Civil Veterinary Department Bihar & Orissa reports 1911-21 - 1911-1921
Year: 1911
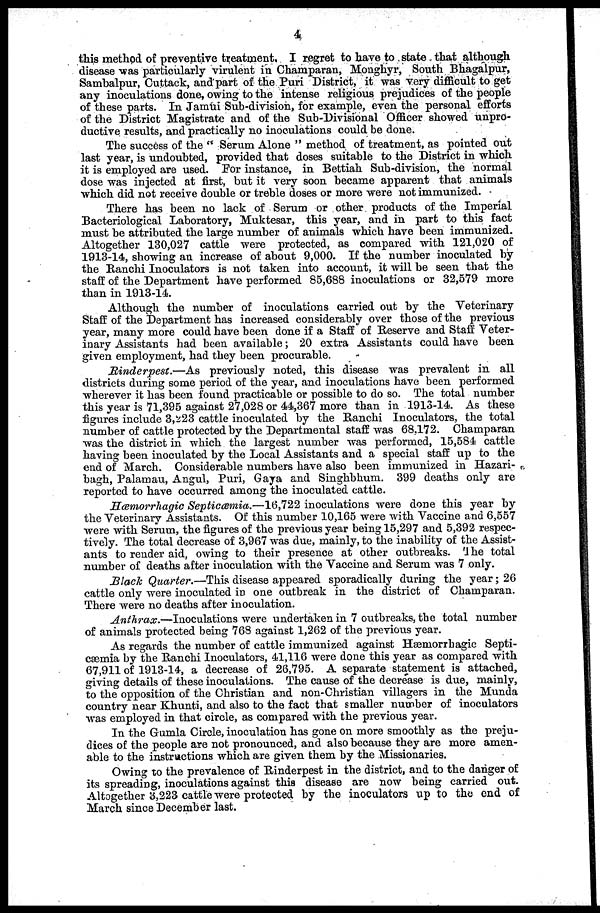
4
this method of preventive treatment, I regret to have to state that although
disease was particularly virulent in Champaran, Monghyr, South Bhagalpur,
Sambalpur, Cuttack, and part of the Puri District, it was very difficult to get
any inoculations done, owing to the intense religious prejudices of the people
of these parts. In Jamui Sub-division, for example, even the personal efforts
of the District Magistrate and of the Sub-Divisional Officer showed unpro-
ductive results, and practically no inoculations could be done.
The success of the " Serum Alone " method of treatment, as pointed out
last year, is undoubted, provided that doses suitable to the District in which
it is employed are used. For instance, in Bettiah Sub-division, the normal
dose was injected at first, but it very soon became apparent that animals
which did not receive double or treble doses or more were not immunized.
There has been no lack of Serum or other products of the Imperial
Bacteriological Laboratory, Muktesar, this year, and in part to this fact
must be attributed the large number of animals which have been immunized.
Altogether 130,027 cattle were protected, as compared with 121,020 of
1913-14, showing an increase of about 9,000. If the number inoculated by
the Ranchi Inoculators is not taken into account, it will be seen that the
staff of the Department have performed 85,688 inoculations or 32,579 more
than in 1913-14.
Although the number of inoculations carried out by the Veterinary
Staff of the Department has increased considerably over those of the previous
year, many more could have been done if a Staff of Reserve and Staff Veter-
inary Assistants had been available ; 20 extra Assistants could have been
given employment, had they been procurable.
Rinderpest.—As
previously noted, this disease was prevalent in all
districts during some period of the year, and inoculations have been performed
wherever it has been found practicable or possible to do so. The total number
this year is 71,395 against 27,028 or 44,367 more than in 1913-14. As these
figures include 3,223 cattle inoculated by the Ranchi Inoculators, the total
number of cattle protected by the Departmental staff was 68.172. Champaran
was the district in which the largest number was performed, 15,584 cattle
having been inoculated by the Local Assistants and a special staff up to the
end of March. Considerable numbers have also been immunized in Hazari-
bagh, Palarnau, Angul, Puri, Gaya and Singhbhum. 399 deaths only are
reported to have occurred among the inoculated cattle.
Hæmorrhagic Septicæmia.—16,722 inoculations were done this year by
the Veterinary Assistants. Of this number 10,165 were with Vaccine and 6,557
were with Serum, the figures of the previous year being 15,297 and 5,392 respec-
tively. The total decrease of 3,967 was due, mainly, to the inability of the Assist-
ants to render aid, owing to their presence at other outbreaks. the total
number of deaths after inoculation with the Vaccine and Serum was 7 only.
Black Quarter.—This disease appeared sporadically during the year ; 26
cattle only were inoculated in one outbreak in the district of Champaran.
There were no deaths after inoculation.
Anthrax.—Inoculations were undertaken in 7 outbreaks, the total number
of animals protected being 768 against 1,262 of the previous year.
As regards the number of cattle immunized against Hæmorrhagic Septi-
cæmia by the Ranchi Inoculators, 41,116 were done this year as compared with
67,911 of 1913-14, a decrease of 26,795. A separate statement is attached,
giving details of these inoculations. The cause of the decrease is due, mainly,
to the opposition of the Christian and non-Christian villagers in the Munda
country near Khunti, and also to the fact that smaller number of inoculators
was employed in that circle, as compared with the previous year.
In the Gumla Circle, inoculation has gone on more smoothly as the preju-
dices of the people are not pronounced, and also because they are more amen-
able to the instructions which are given them by the Missionaries.
Owing to the prevalence of Rinderpest in the district, and to the danger of
its spreading, inoculations against this disease are now being carried out.
Altogether 3,223 cattle were protected by the inoculators up to the end of
March since December last.